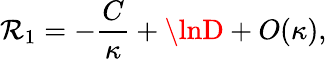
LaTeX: \mathcal{R}_{1}=-{\frac{{C}}{{\kappa}}}+\lnD+O(\kappa),